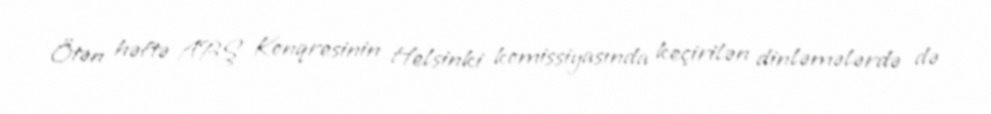
Ötən həftə ABŞ Konqresinin Helsinki komissiyasında keçirilən dinləmələrdə də